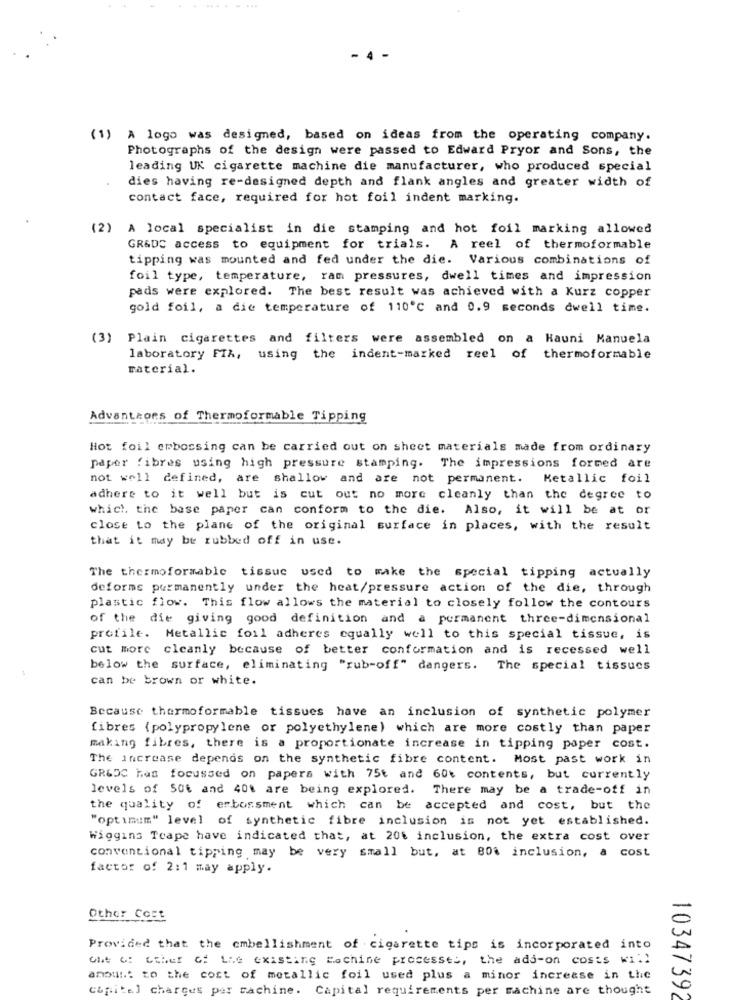
(1) A logo was designed, based on ideas from the operating company.
Photographs of the design were passed to Edward Pryor and Sons, the
leading UK cigarette machine die manufacturer, who produced special
dies having re-designed depth and flank angles and greater width of
contact face, required for hot foil indent marking.
(2)
A local specialist in die stamping and hot foil marking allowed
GRADS access to equipment for trials. A reel of thermoformable
tipping was mounted and fed under the die. Various combinations of
foil type, temperature, ram pressures, dwell times and impression
pads were explored. The best result was achieved with a Kurz copper
gold foil, a die temperature of 110℃ and 0.9 seconds dwell time.
(3) Plain cigarettes and filters were assembled on a Kauni Manuela
laboratory FTA, using the indent-marked reel of thermoformable
material.
Advantaors of Thermoformable Tipping
Hot foil embossing can be carried out on sheet materials made from ordinary
paper fibres using high pressure stamping. The impressions formed are
not well defined, are shallow and are not permanent.
Metallic foil
adhere to it well but is cut out no more cleanly than the degree to
which the base paper can conform to the die. Also, it will be at or
close to the plane of the original surface in places, with the result
that it may be rubbed off in use.
The thermoformable tissue used to make the special tipping actually
deforms permanently under the heat/pressure action of the die, through
plastic flow. This flow allows the material to closely follow the contours
of the die giving good definition and a permanent three-dimensional
profile. Metallic foil adheres equally well to this special tissue, is
cut more cleanly because of better conformation and is recessed well
below the surface, eliminating "rub-off" dangers. The special tissues
can be brown or white.
Because thermoformable tissues have an inclusion of synthetic polymer
fibres (polypropylene or polyethylene) which are more costly than paper
making fibres, there is a proportionate increase in tipping paper cost.
The increase depends on the synthetic fibre content. Most past work in
GR&DC has focussed on papers with 75t and 60t contents, but currently
levels of 50% and 401 are being explored. There may be a trade-off in
the quality of embossment which can be accepted and cost, but the
"optimum" level of synthetic fibre inclusion is not yet established.
Wiggins Teape have indicated that, at 20% inclusion, the extra cost over
conventional tipping may be very small but, at 80% inclusion, a cost
factor of 2:1 may apply.
Other Cost
Provided that the embellishment of cigarette tips is incorporated into
out of other of the existing Lachine processes, the add-on costs will
anou :: to the cost of metallic foil used plus a minor increase in the
capital charges per machine. Capital requirements per machine are thought
10347392